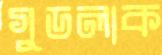
গুডলাক